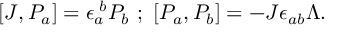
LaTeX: [ J , P _ { a } ] = \epsilon _ { a } ^ { \, \, b } P _ { b } \, \, ; \, \, [ P _ { a } , P _ { b } ] = - J \epsilon _ { a b } \Lambda .